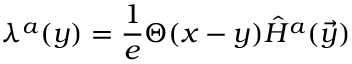
\lambda ^ { a } ( y ) = { \frac { 1 } { e } } \Theta ( x - y ) \hat { H } ^ { a } ( \vec { y } )